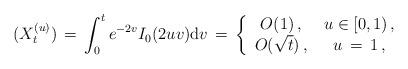
LaTeX: \begin{align*} \, ( X_{t}^{(u)}) \, =\, \int^{t}_{0} e^{-2v} I_{0} ( 2uv) {\mathrm d} v \, =\, \left \{ \begin{array}{cc} O(1) \,, & \, u \in [0, 1) \, , \\ O ( \sqrt{ t } ) \, , & \, u \, =\, 1 \,, \end{array} \right . \end{align*}